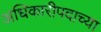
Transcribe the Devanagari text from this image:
अधिकारीपदाच्या